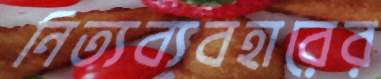
নিত্যব্যবহারের